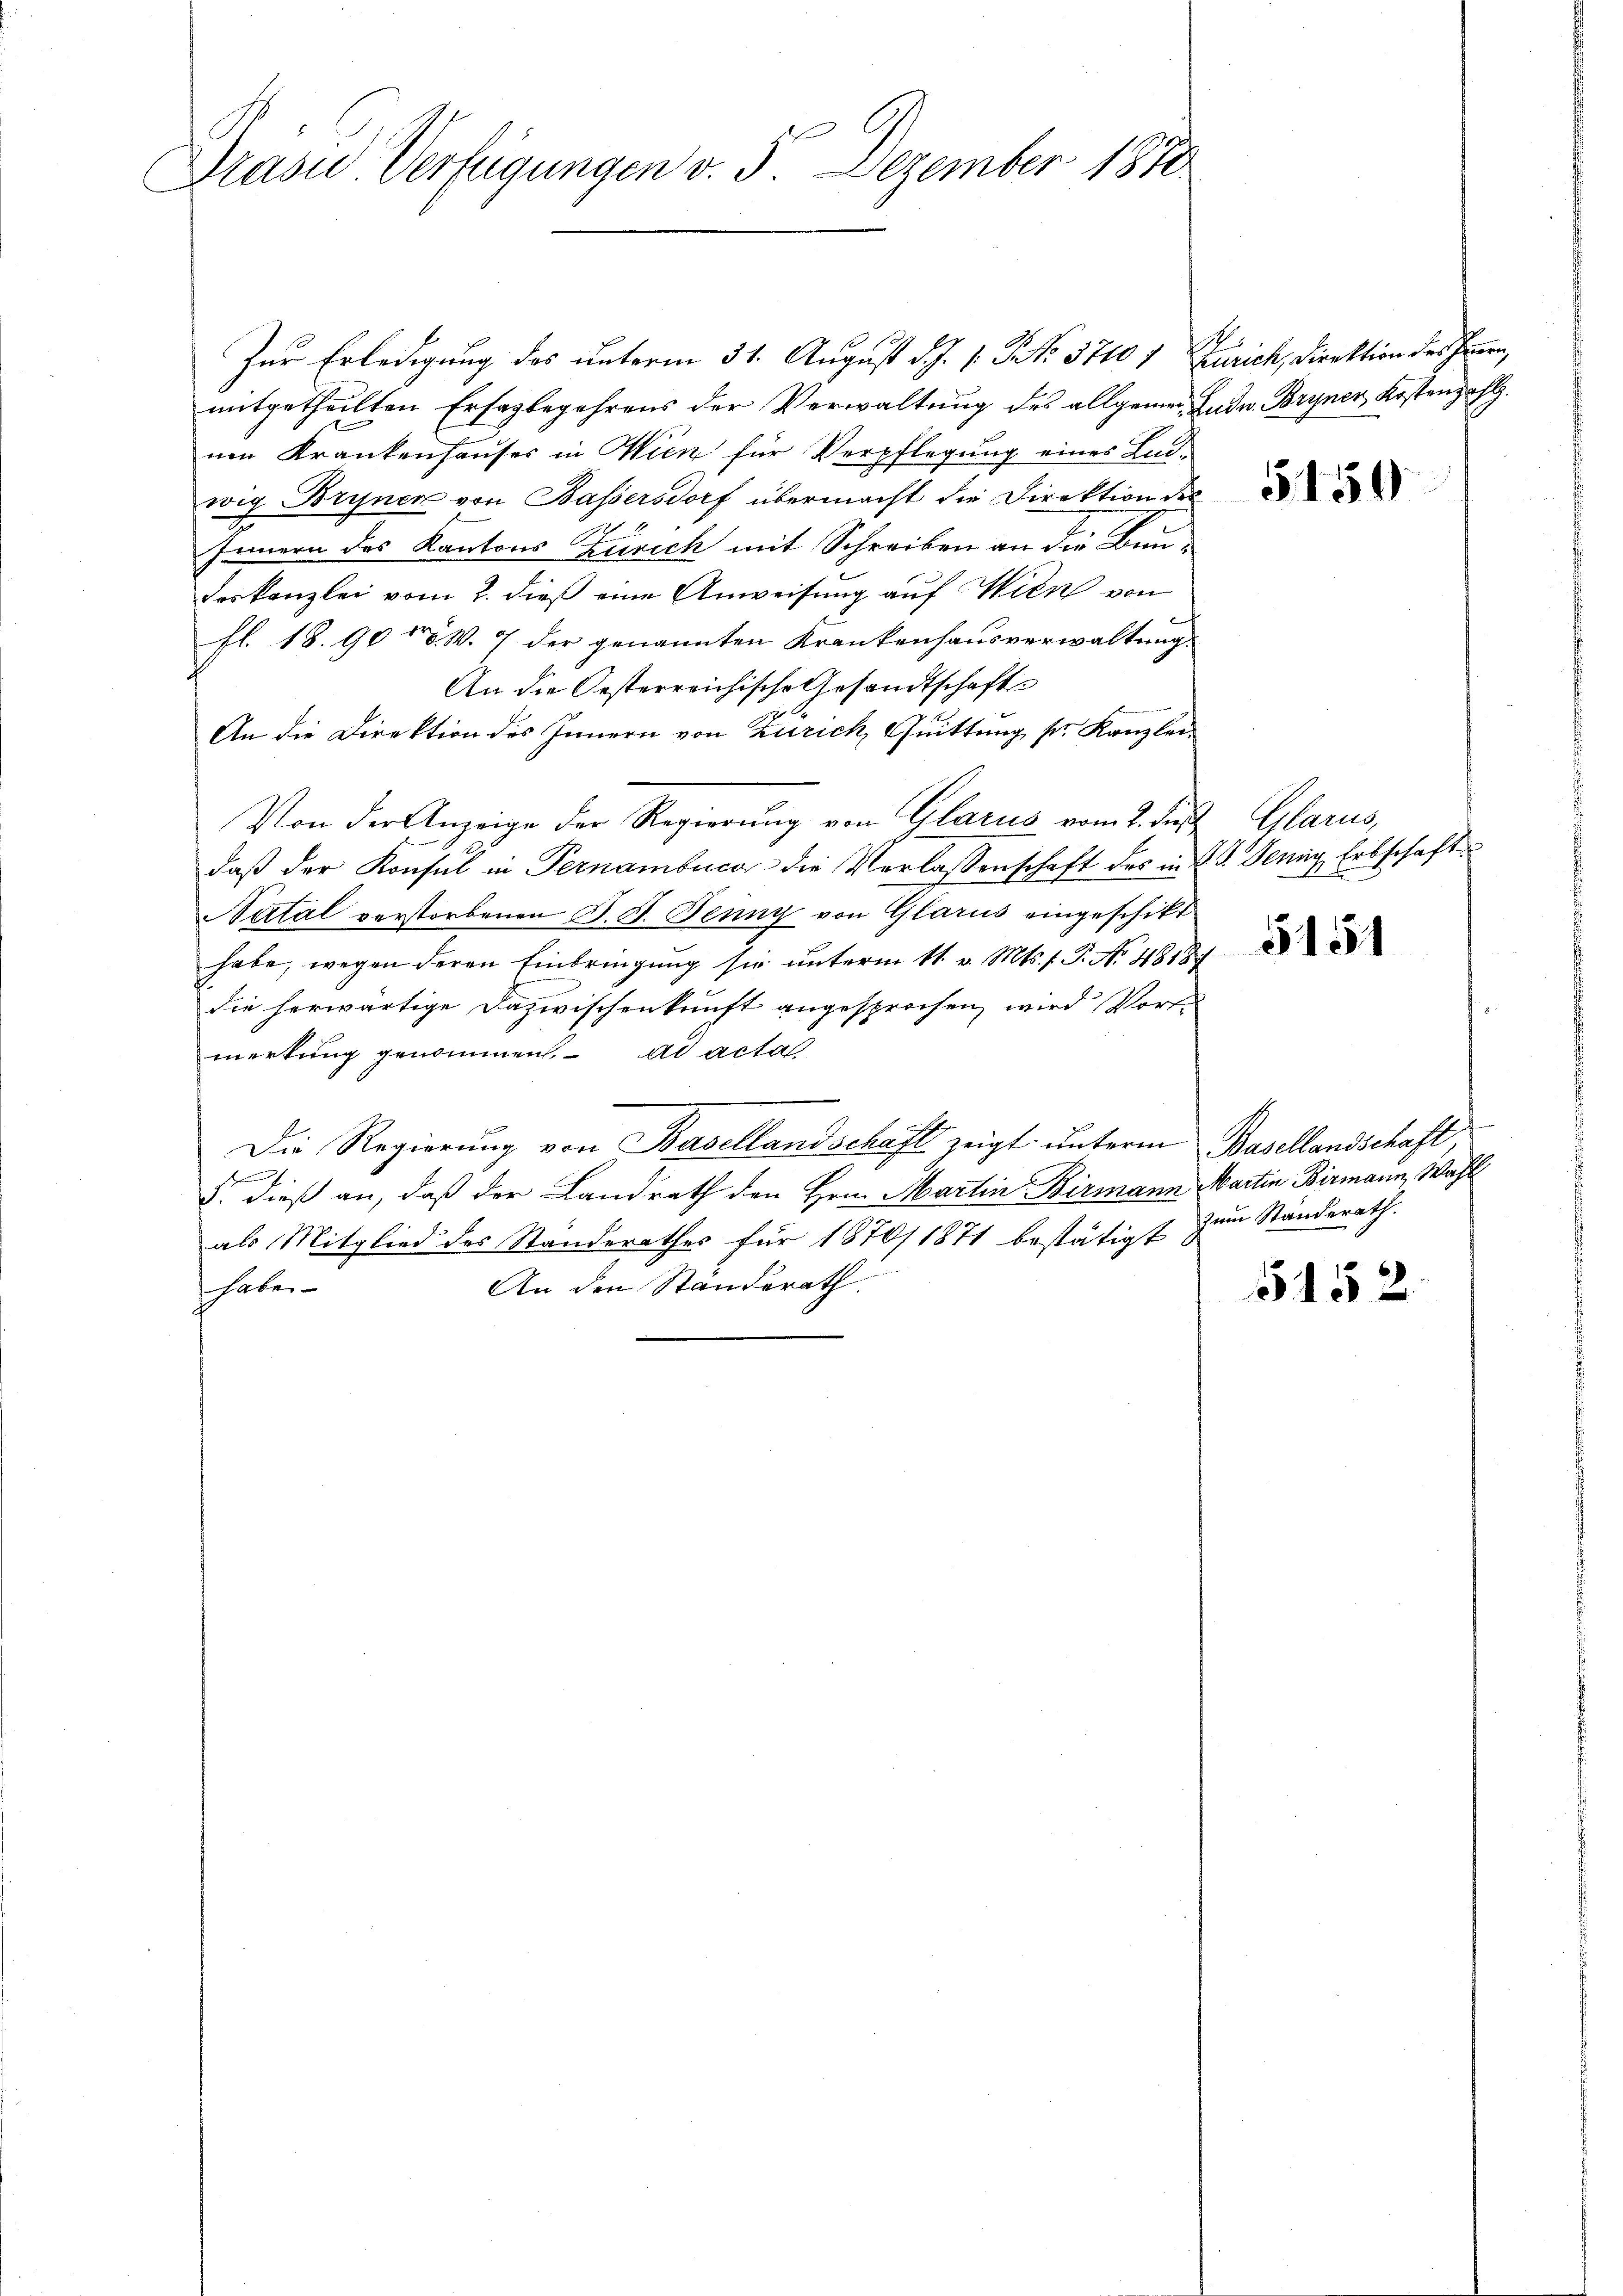
1
Drasu Verfügungen v. 3. Dezember 1870

Zur Erledigung des unterm 31. August d. J. P. P. No. 37107 Zürich, Direktion des Innern,
mitgetheilten Ersagbegehrens der Verwaltung des allgemein Gudw. Bryner Kostenzahl.
nen Krankenhauses in Wien für Verpflegung eines Ludwig Bryner von Bassersdorf übermacht die Direktion des
Innern des Kantons Zürich mit Schreiben an die Baudeskanzlei vom 2. dieß eine Anweisung auf Wien von
fl. 18. 90 n 5. W. 7 der genannten Krankenhausverwaltung.
An die Oesterreichische Gesandtschafts
An die Direktion des Innern von Zürich, Quittung pr. Kanzlei
Von der Anzeige der Regierung von Glarus vom 2. dieß Glarus,
daβ der Konsul in Pernambuca die Verlassenschaft des in 2. Jenny, Erbschaft
Vatal verstorbenen J. J. Jenny von Glarus eingeschikt
habe, wegen deren Einbringung sie unterm 11. v. Mts. f. P. No 4818/
die herwärtige Dazwischenkunft angesprochen, wird Vors
merkung genommen. ad actat
Die Regierung von Basellandschaft zeigt unterm Basellandschaft,
t
d: dieß an, daß der Landrath den Hrn. Martin Birmann Martin Birmann, Wahl
als Mitglied des Ständerathes für 1870/1871 bestätigt zum Standerath.
An den Standerath.
haben

5150

5151

5152